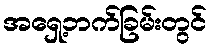
အရှေ့ဘက်ခြမ်းတွင်